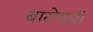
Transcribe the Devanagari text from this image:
बारोयारी